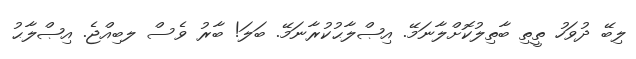
ލިބޭ ދުވަހު ތީތި ބާތިލުކޮށްލާނަމޭ. އިޞްލާޙުކުރާނަމޭ. ބަލަ! ބާރު ވެސް ލބިއްޖެ. އިޞްލާޙު